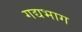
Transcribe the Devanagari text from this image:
गद्यभाग